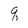
Character: q